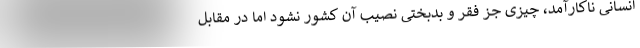
انسانی ناکارآمد، چیزی جز فقر و بدبختی نصیب آن کشور نشود اما در مقابل